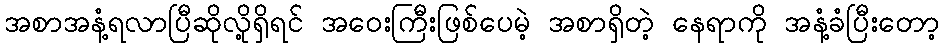
အစာအနံ့ရလာပြီဆိုလို့ရှိရင် အဝေးကြီးဖြစ်ပေမဲ့ အစာရှိတဲ့ နေရာကို အနံ့ခံပြီးတော့